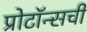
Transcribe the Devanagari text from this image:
प्रोटॉन्सची